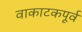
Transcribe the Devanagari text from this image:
वाकाटकपूर्व